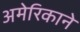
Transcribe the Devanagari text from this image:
अमेरिकाने